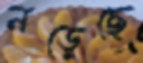
নড়েছে